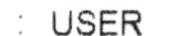
: USER